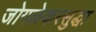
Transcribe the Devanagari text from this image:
जोगळेकरसुद्धा